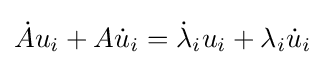
{\textstyle {\dot {A}}u_{i}+A{\dot {u}}_{i}={\dot {\lambda }}_{i}u_{i}+\lambda _{i}{\dot {u}}_{i}}